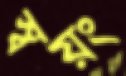
স্বয়ং